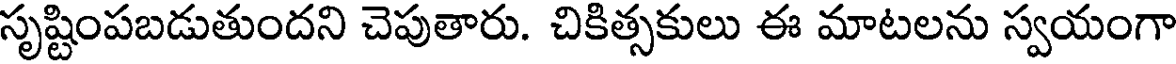
సృష్టింపబడుతుందని చెపుతారు. చికిత్సకులు ఈ మాటలను స్వయంగా